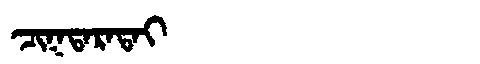
Manchu: ᠴᡳᡴᡨᠠᡵᠠᡨᠠᡳ
Romanization: CIKTARATAI